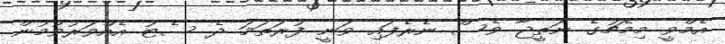
އެމްވީ މިމެޗުގެ ނަތީޖާ ވެސް ނެރެފައި ވަނީ ފުރަތަމަ ދެ ސެޓު އެއްވަރުވުމުން